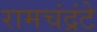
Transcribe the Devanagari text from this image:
रामचंद्रंटे